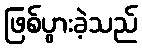
ဖြစ်ပွားခဲ့သည်